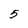
Character: 5